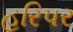
હરિપર